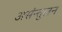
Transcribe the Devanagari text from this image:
असंन्तुलन